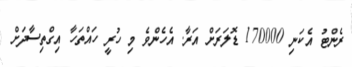
ރެންޓު އެކަނި 170000 ޑޮލަރަށް އަރާ. އެހެންވެ މި ހުރީ ހައްތަހާ އިގްތިސާދަށް